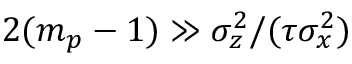
2 ( m _ { p } - 1 ) \gg \sigma _ { z } ^ { 2 } / ( \tau \sigma _ { x } ^ { 2 } )